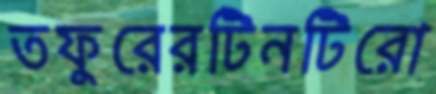
তফুরেরটিনটিরো